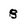
Character: 8